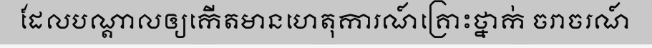
ដែលបណ្តាលឲ្យកើតមានហេតុការណ៍គ្រោះថ្នាក់ ចរាចរណ៍